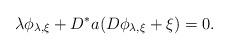
LaTeX: \begin{align*}\lambda\phi_{\lambda,\xi}+D^*a(D\phi_{\lambda,\xi}+\xi)=0.\end{align*}